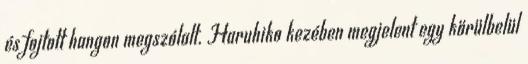
és fojtott hangon megszólalt. Haruhiko kezében megjelent egy körülbelül